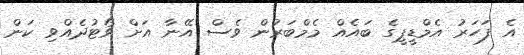
އެ ފަހަރު އެމްޑީޕީގެ ބައެއް މެމްބަރުން ވެސް އޭނާ އަށް ވޯޓުދެއްވި ކަން